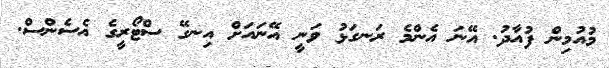
މުއުމިން ފުއާދު. އޭނަ އެންމެ ރަނގަޅު ވަނީ އޭނައަށް އިނގޭ ސްޓޯރީގެ އެސެންސް.